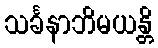
သင်္ခနာဘိမယန္တိ